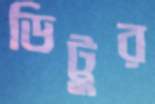
ডিট্টুর